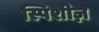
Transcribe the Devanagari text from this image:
स्पिशीज़